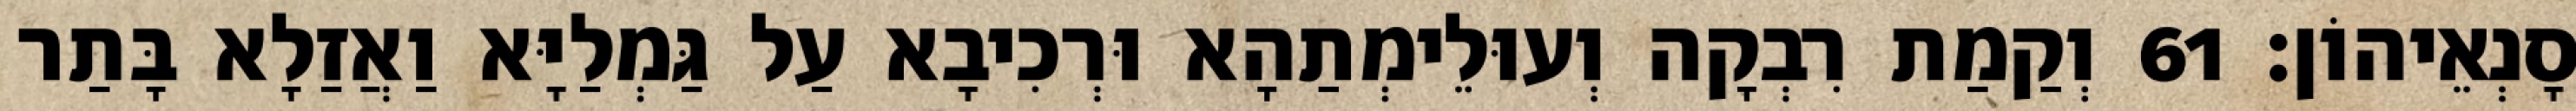
סָנְאֵיהוֹן׃ 61 וְקַמַת רִבְקָה וְעוּלֵימְתַהָא וּרְכִיבָא עַל גַּמְלַיָּא וַאֲזַלָא בָּתַר